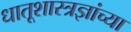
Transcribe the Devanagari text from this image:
धातूशास्त्रज्ञांच्या